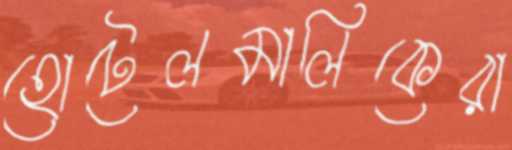
হোটেলমালিকেরা